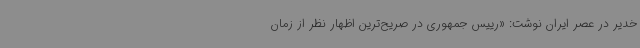
خدیر در عصر ایران نوشت: «رییس جمهوری در صریح‌ترین اظهار نظر از زمان